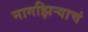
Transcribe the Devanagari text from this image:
नागझिऱ्याचं